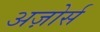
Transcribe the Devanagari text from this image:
अज़ोर्स